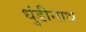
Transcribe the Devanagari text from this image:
धुंडीनाथ